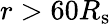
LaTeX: r>60R_{\mathrm{s}}